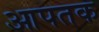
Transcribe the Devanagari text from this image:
आपतक